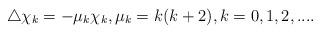
LaTeX: \begin{align*} \triangle \chi_k=-\mu_k\chi_k, \mu_k=k(k+2),k=0,1,2,... .\end{align*}